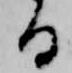
る